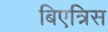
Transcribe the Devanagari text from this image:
बिएत्रिस